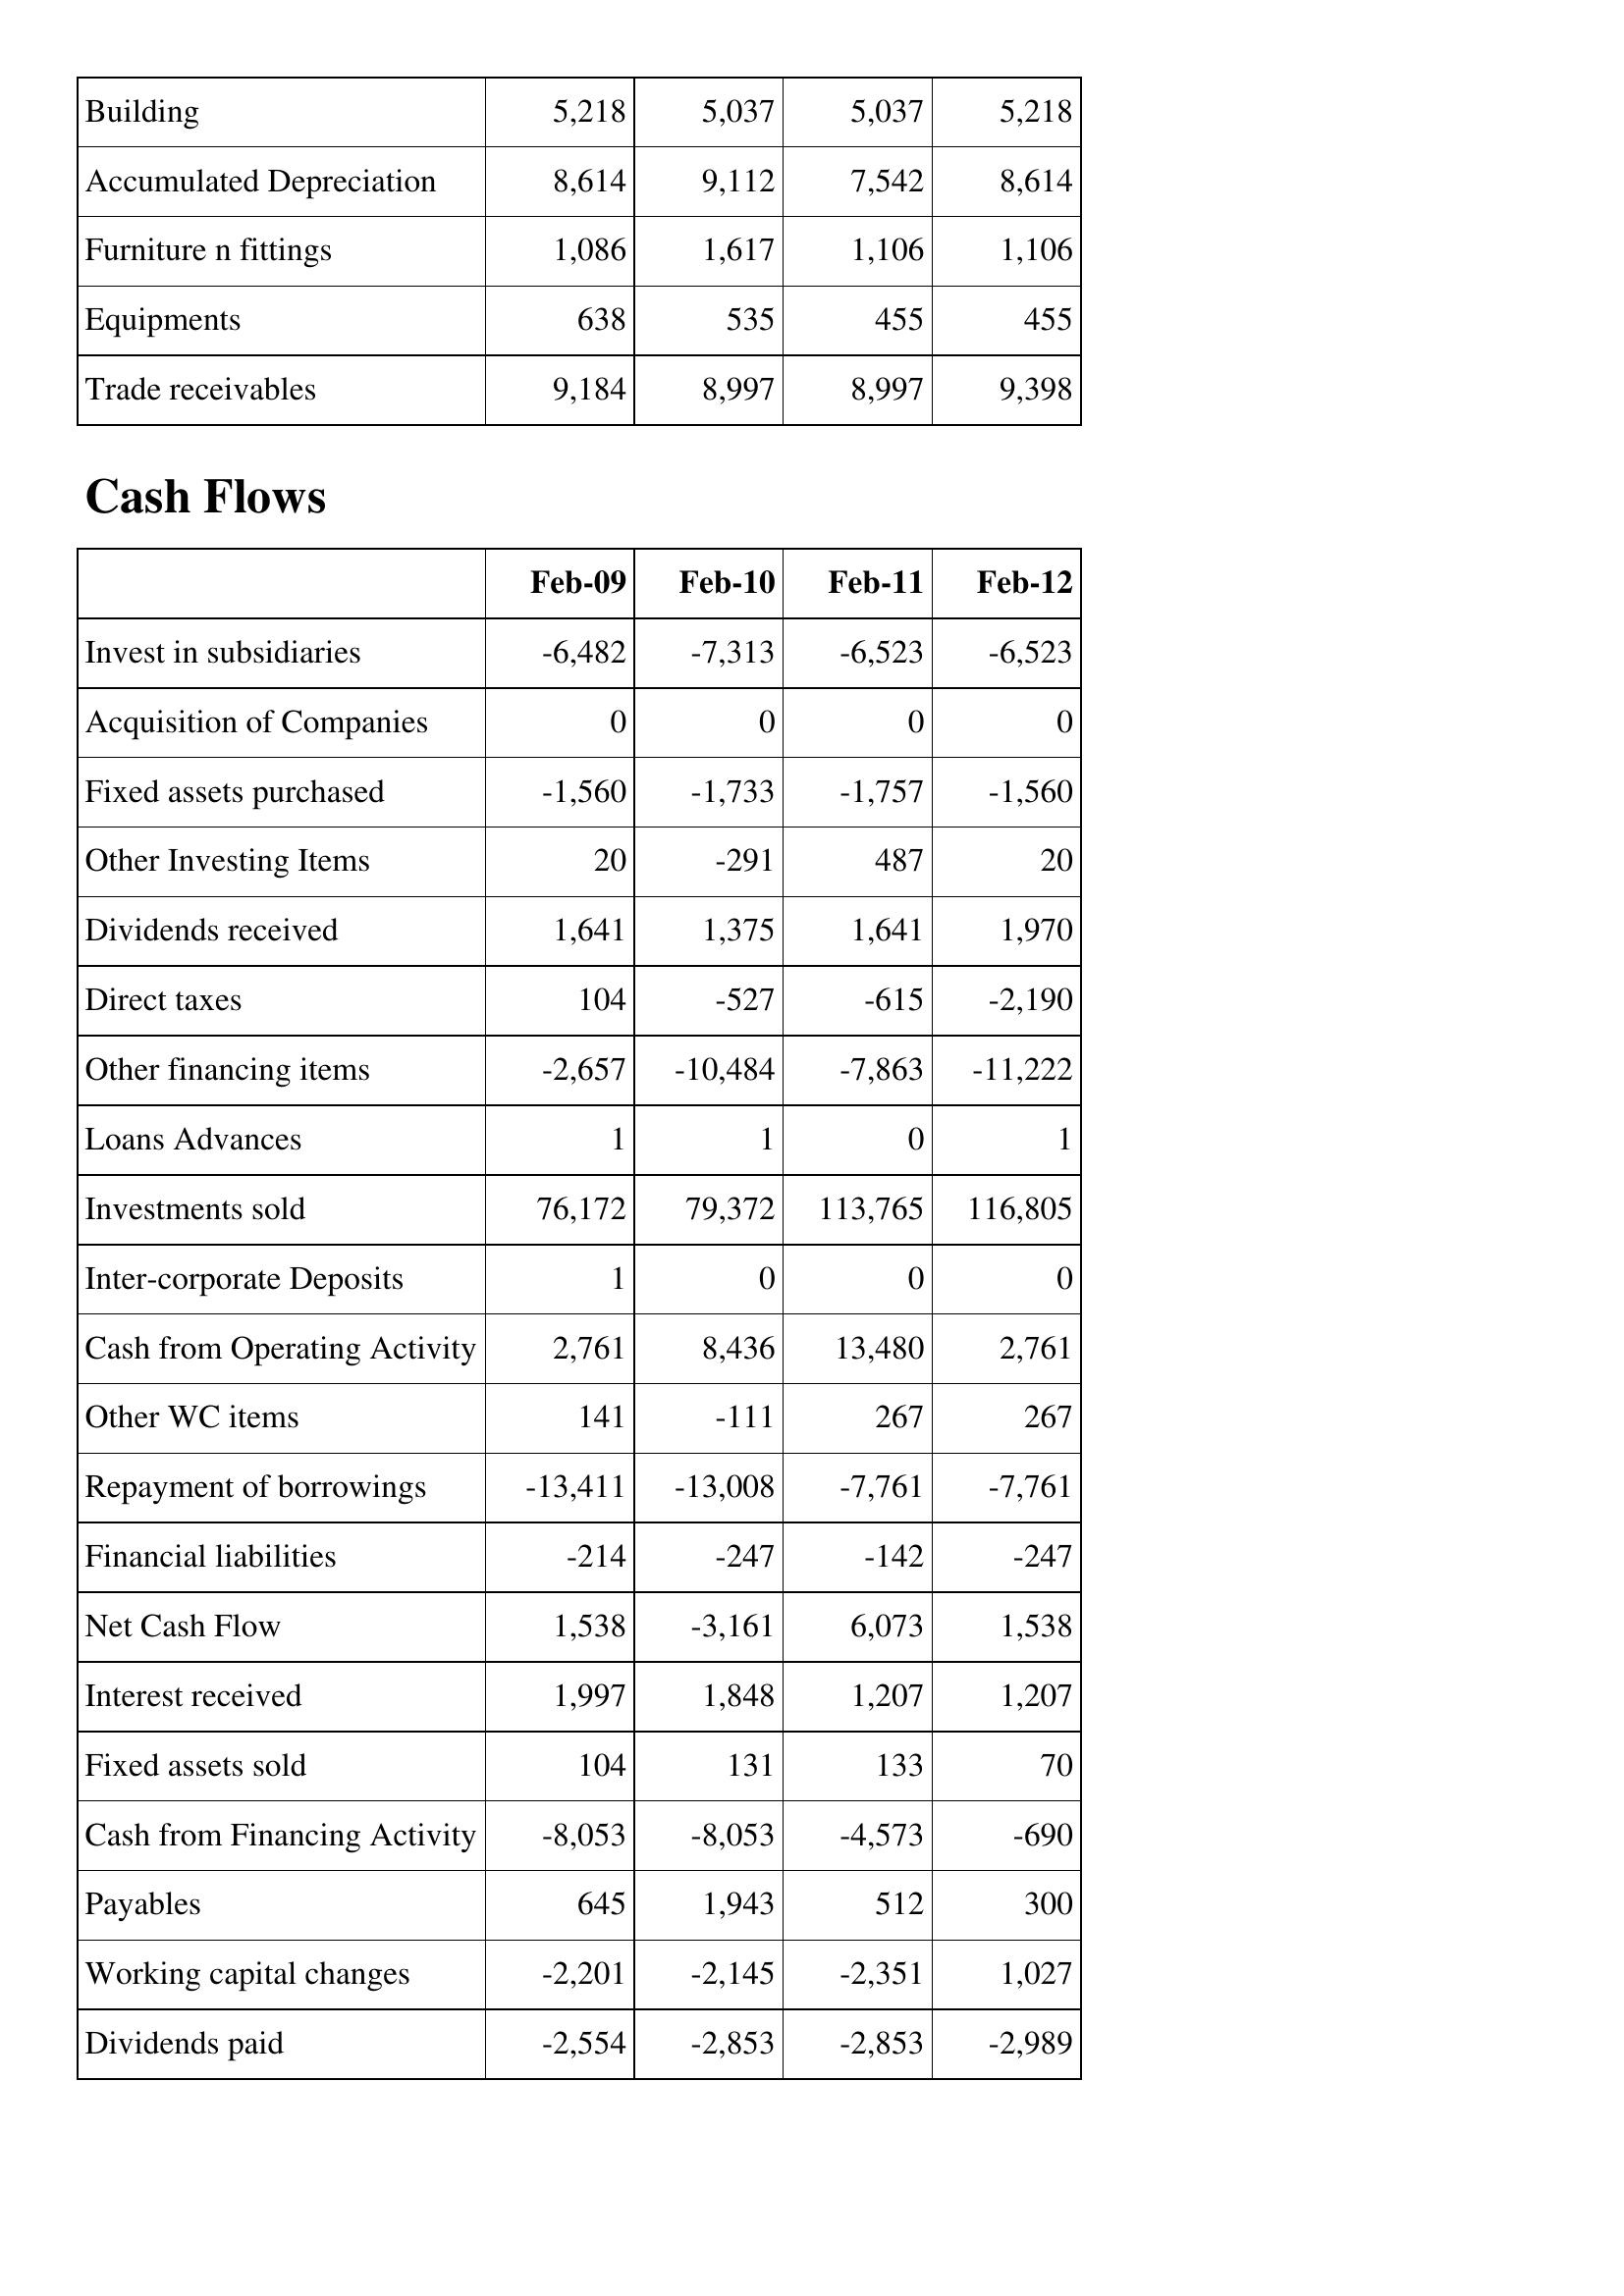
Feb-09: Balance Sheet: Building: 5,218
Accumulated Depreciation: 8,614
Furniture n fittings: 1,086
Equipments: 638
Trade receivables: 9,184
Cash Flows: Invest in subsidiaries: -6,482
Acquisition of Companies: 0
Fixed assets purchased: -1,560
Other Investing Items: 20
Dividends received: 1,641
Direct taxes: 104
Other financing items: -2,657
Loans Advances: 1
Investments sold: 76,172
Inter-corporate Deposits: 1
Cash from Operating Activity: 2,761
Other WC items: 141
Repayment of borrowings: -13,411
Financial liabilities: -214
Net Cash Flow: 1,538
Interest received: 1,997
Fixed assets sold: 104
Cash from Financing Activity: -8,053
Payables: 645
Working capital changes: -2,201
Dividends paid: -2,554
Feb-10: Balance Sheet: Building: 5,037
Accumulated Depreciation: 9,112
Furniture n fittings: 1,617
Equipments: 535
Trade receivables: 8,997
Cash Flows: Invest in subsidiaries: -7,313
Acquisition of Companies: 0
Fixed assets purchased: -1,733
Other Investing Items: -291
Dividends received: 1,375
Direct taxes: -527
Other financing items: -10,484
Loans Advances: 1
Investments sold: 79,372
Inter-corporate Deposits: 0
Cash from Operating Activity: 8,436
Other WC items: -111
Repayment of borrowings: -13,008
Financial liabilities: -247
Net Cash Flow: -3,161
Interest received: 1,848
Fixed assets sold: 131
Cash from Financing Activity: -8,053
Payables: 1,943
Working capital changes: -2,145
Dividends paid: -2,853
Feb-11: Balance Sheet: Building: 5,037
Accumulated Depreciation: 7,542
Furniture n fittings: 1,106
Equipments: 455
Trade receivables: 8,997
Cash Flows: Invest in subsidiaries: -6,523
Acquisition of Companies: 0
Fixed assets purchased: -1,757
Other Investing Items: 487
Dividends received: 1,641
Direct taxes: -615
Other financing items: -7,863
Loans Advances: 0
Investments sold: 113,765
Inter-corporate Deposits: 0
Cash from Operating Activity: 13,480
Other WC items: 267
Repayment of borrowings: -7,761
Financial liabilities: -142
Net Cash Flow: 6,073
Interest received: 1,207
Fixed assets sold: 133
Cash from Financing Activity: -4,573
Payables: 512
Working capital changes: -2,351
Dividends paid: -2,853
Feb-12: Balance Sheet: Building: 5,218
Accumulated Depreciation: 8,614
Furniture n fittings: 1,106
Equipments: 455
Trade receivables: 9,398
Cash Flows: Invest in subsidiaries: -6,523
Acquisition of Companies: 0
Fixed assets purchased: -1,560
Other Investing Items: 20
Dividends received: 1,970
Direct taxes: -2,190
Other financing items: -11,222
Loans Advances: 1
Investments sold: 116,805
Inter-corporate Deposits: 0
Cash from Operating Activity: 2,761
Other WC items: 267
Repayment of borrowings: -7,761
Financial liabilities: -247
Net Cash Flow: 1,538
Interest received: 1,207
Fixed assets sold: 70
Cash from Financing Activity: -690
Payables: 300
Working capital changes: 1,027
Dividends paid: -2,989